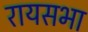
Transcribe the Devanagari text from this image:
रायसभा